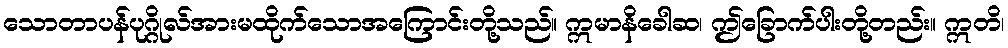
သောတာပန်ပုဂ္ဂိုလ်အားမထိုက်သောအကြောင်းတို့သည်။ ဣမာနိခေါဆ၊ ဤခြောက်ပါးတို့တည်း။ ဣတိ၊